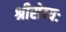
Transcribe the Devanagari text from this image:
श्रीसेव्यः